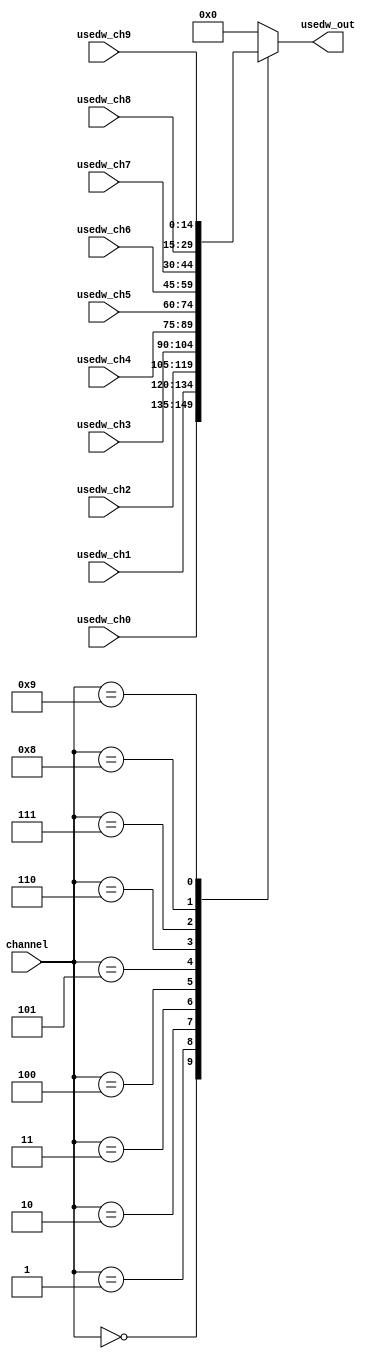
module   sdram_select(
						input [7:0]channel,
						input [14:0]usedw_ch0,
						input [14:0]usedw_ch1,
						input [14:0]usedw_ch2,
						input [14:0]usedw_ch3,
						input [14:0]usedw_ch4,
						input [14:0]usedw_ch5,
						input [14:0]usedw_ch6,
						input [14:0]usedw_ch7,
						input [14:0]usedw_ch8,
						input [14:0]usedw_ch9,
						
						output reg[14:0]usedw_out
					);


always @(*)
begin
	case(channel)
		8'd0: usedw_out = usedw_ch0;
		8'd1: usedw_out = usedw_ch1;
		8'd2: usedw_out = usedw_ch2;
		8'd3: usedw_out = usedw_ch3;
		8'd4: usedw_out = usedw_ch4;
		8'd5: usedw_out = usedw_ch5;
		8'd6: usedw_out = usedw_ch6;
		8'd7: usedw_out = usedw_ch7;
		8'd8: usedw_out = usedw_ch8;
		8'd9: usedw_out = usedw_ch9;
		default:
				usedw_out <= 15'd0;
		endcase	
end	

endmodule